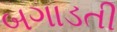
બગાડતી